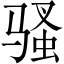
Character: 骚